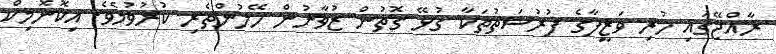
ރާއްޖޭގައި ހުރި ވަޒީފާގެ ފުރުސަތުތަކާ ގުޅޭ ގޮތުން ޒުވާނުން ހޭލުންތެރި ކުރުވުމެވެ. އިކޮނޮމިކް